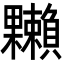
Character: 𣡙